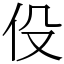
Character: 伇